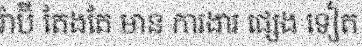
រ៉ាប៊ី តែងតែ មាន ការងារ ផ្សេង ទៀត